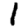
Digit: 1